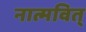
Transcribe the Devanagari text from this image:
नात्मवित्‌